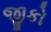
જીકો